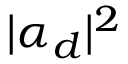
| \alpha _ { d } | ^ { 2 }